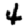
Digit: 4